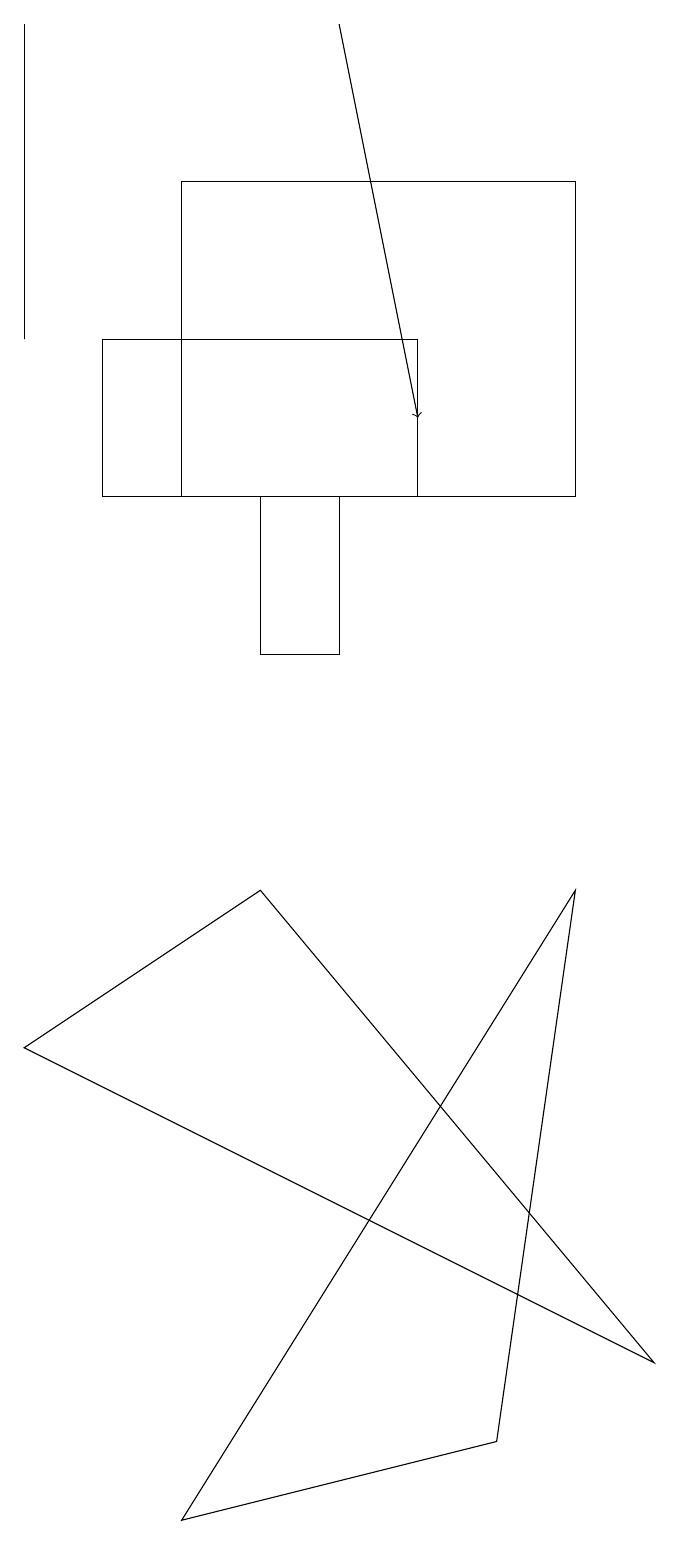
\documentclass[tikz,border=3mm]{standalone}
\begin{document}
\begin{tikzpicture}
\draw (0,19) rectangle (0,15);
\draw (1,15) rectangle (5,13);
\draw (7,13) rectangle (2,17);
\draw[->] (4,19) -- (5,14);
\draw (2,0) -- (7,8) -- (6,1) -- cycle;
\draw (8,2) -- (0,6) -- (3,8) -- cycle;
\draw (3,13) rectangle (4,11);
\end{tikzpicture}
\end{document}